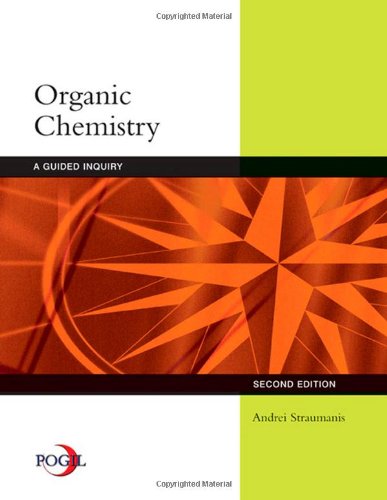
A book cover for Organic Chemistry: A Guided Inquiry; Andrei Straumanis; Science & Math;